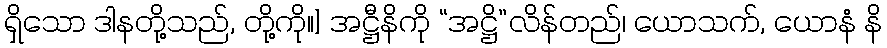
ရှိသော ဒါနတို့သည်, တို့ကို။] အဋ္ဌီနိကို “အဋ္ဌိ”လိန်တည်၊ ယောသက်, ယောနံ နိ